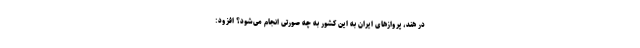
در هند، پرواز‌های ایران به این کشور به چه صورتی انجام می‌شود؟ افزود: